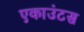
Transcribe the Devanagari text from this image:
एकाउंटस